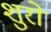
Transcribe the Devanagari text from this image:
शुरो